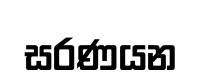
සරණයන